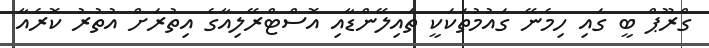
ގްރޫޕް ބީ ގައި ހިމެނޭ ގައުމުތަކަކީ ތައިލޭންޑާއި އޮސްޓްރޭލިއާގެ އިތުރަށް އުތުރު ކޮރެއާ